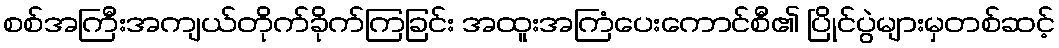
စစ်အကြီးအကျယ်တိုက်ခိုက်ကြခြင်း အထူးအကြံပေးကောင်စီ၏ ပြိုင်ပွဲများမှတစ်ဆင့်